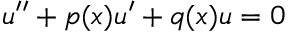
u ^ { \prime \prime } + p ( x ) u ^ { \prime } + q ( x ) u = 0